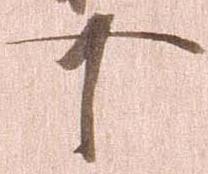
可